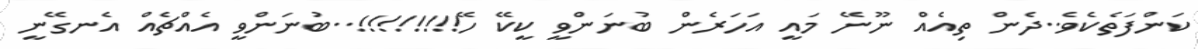
ކަންފަތެކެވެ..ދެން ތިއެއް ނޫނޭ މައީ އަހަރެން ބުނަންވީ ކީކޭ ހޭ!!!!!!!!..ބުނަންވީ އެއްޗެއް އެނގޭނީ